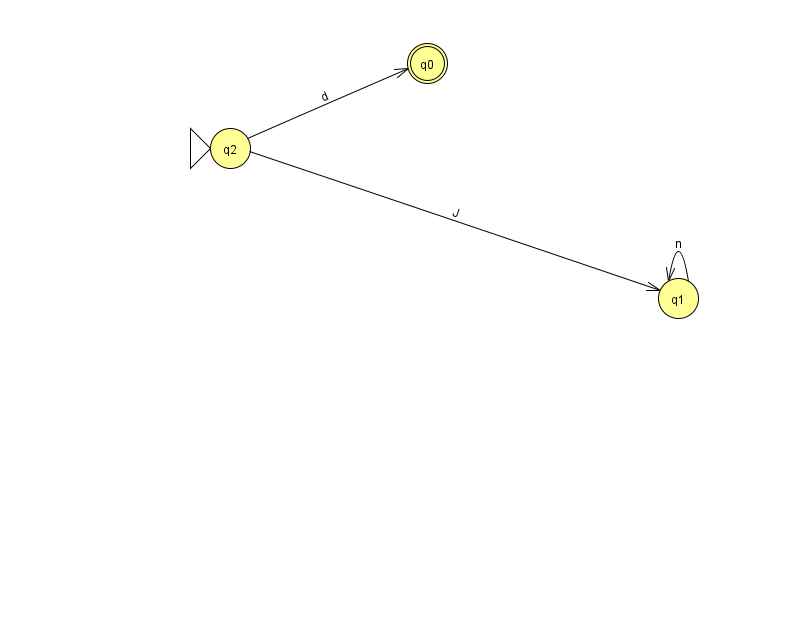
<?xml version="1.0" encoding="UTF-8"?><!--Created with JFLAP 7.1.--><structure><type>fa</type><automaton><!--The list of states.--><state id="0" name="q0"><x>427.0</x><y>50.0</y><final/></state><state id="1" name="q1"><x>678.0</x><y>285.0</y></state><state id="2" name="q2"><x>230.0</x><y>135.0</y><initial/></state><!--The list of transitions.--><transition><from>2</from><to>0</to><read>d</read></transition><transition><from>1</from><to>1</to><read>n</read></transition><transition><from>2</from><to>1</to><read>J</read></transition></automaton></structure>